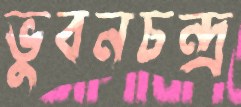
ভুবনচন্দ্র